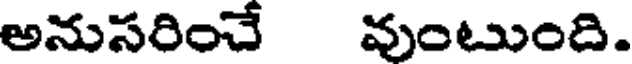
అనుసరించే వుంటుంది.